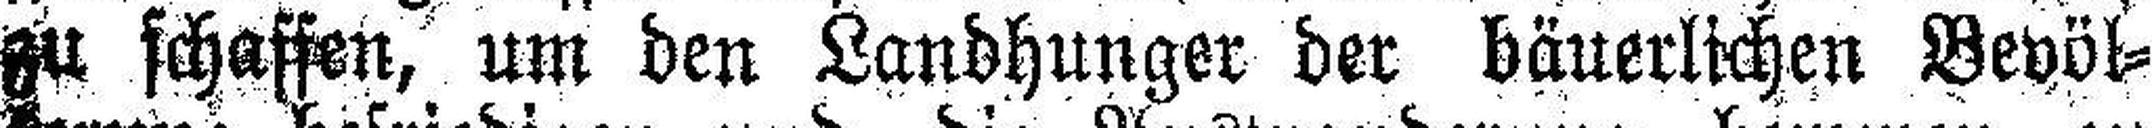
zu schaffen, um den Landhunger der bäuerlichen Bevöl¬